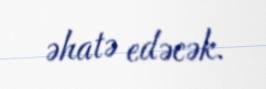
əhatə edəcək.